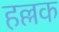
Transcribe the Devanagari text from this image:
हल्लक